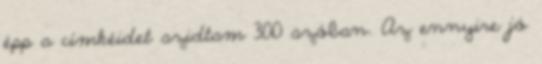
épp a címkéidet szidtam 300 szóban. Az ennyire jó